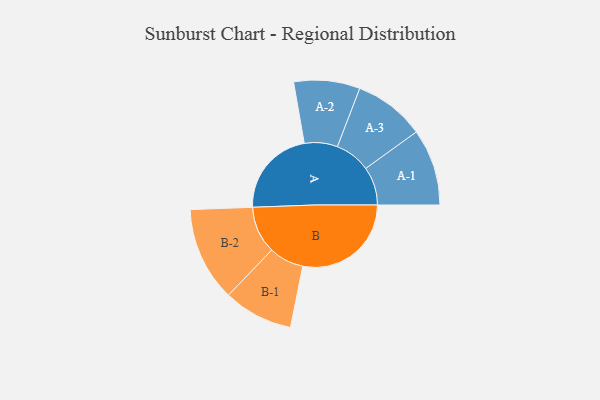
{"axis": {"x": "Segment", "y": "Value"}, "legend": ["", "A", "B"], "data": [{"x": "A", "y": 349, "type": ""}, {"x": "B", "y": 430, "type": ""}, {"x": "A-1", "y": 152, "type": "A"}, {"x": "A-2", "y": 131, "type": "A"}, {"x": "A-3", "y": 141, "type": "A"}, {"x": "B-1", "y": 138, "type": "B"}, {"x": "B-2", "y": 187, "type": "B"}]}